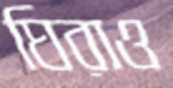
ঘিরাও